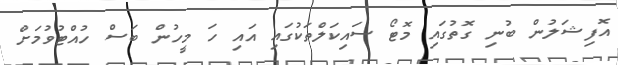
އޮފިޝަލުން ބުނި ގޮތުގައި މޮޓޯ ސައިކަލްތަކުގައި އައި ހަ މީހުން ބަސް ހުއްޓުވުމަށް